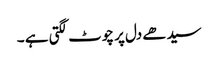
سیدھے دل پر چوٹ لگتی ہے ۔